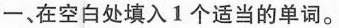
一、在空白处填入1个适当的单词。